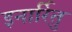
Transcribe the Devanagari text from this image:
इनार्रितु